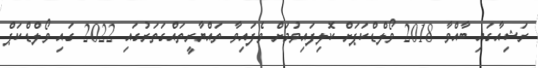
ރަޝިއާގައި ބާއްވާ 2018 ވޯލްޑްކަޕަށް ކޮލިފައިވުމަށް ވެފައިވާ ތައްޔާރީތައްގަތަރުގައި 2022 ގައި ވޯލްޑްކަޕް